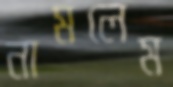
নামলেম